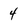
Character: 4